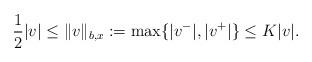
LaTeX: \begin{align*} \frac{1}{2}|v| \leq \|v\|_{b,x} := \max\{|v^-|,|v^+|\} \leq K|v|.\end{align*}